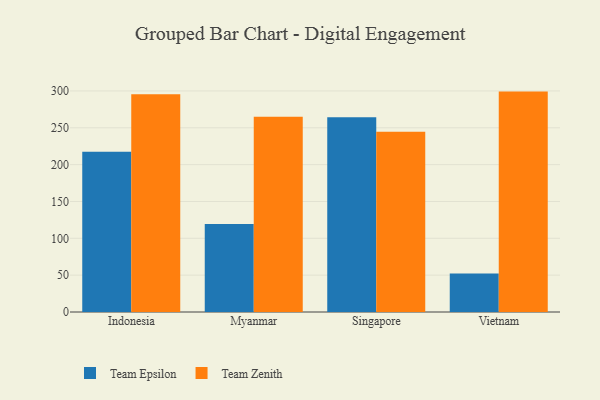
{"axis": {"x": "Country", "y": "LTV (USD)"}, "legend": ["Team Epsilon", "Team Zenith"], "data": [{"x": "Indonesia", "y": 217.4, "type": "Team Epsilon"}, {"x": "Indonesia", "y": 295.4, "type": "Team Zenith"}, {"x": "Myanmar", "y": 119.4, "type": "Team Epsilon"}, {"x": "Myanmar", "y": 265.1, "type": "Team Zenith"}, {"x": "Singapore", "y": 264.3, "type": "Team Epsilon"}, {"x": "Singapore", "y": 244.7, "type": "Team Zenith"}, {"x": "Vietnam", "y": 52.3, "type": "Team Epsilon"}, {"x": "Vietnam", "y": 299.1, "type": "Team Zenith"}]}